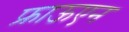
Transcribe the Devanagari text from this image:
फ्राऊएन